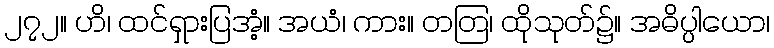
၂၇၂။ ဟိ၊ ထင်ရှားပြအံ့။ အယံ၊ ကား။ တတြ၊ ထိုသုတ်၌။ အဓိပ္ပါယော၊